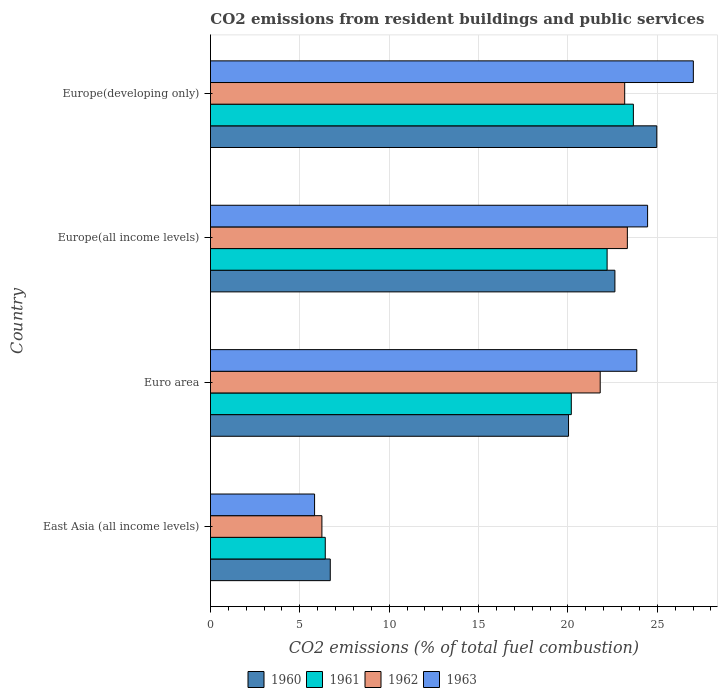
| Country | 1960 | 1961 | 1962 | 1963 |
 | --- | --- | --- | --- | --- |
 | East Asia (all income levels) | 6.7 | 6.42 | 6.23 | 5.82 |
 | Euro area | 20 | 20.2 | 21.8 | 23.9 |
 | Europe(all income levels) | 22.6 | 22.2 | 23.3 | 24.5 |
 | Europe(developing only) | 25 | 23.7 | 23.2 | 27 |